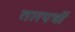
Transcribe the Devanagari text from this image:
तारपत्रों